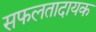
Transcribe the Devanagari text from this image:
सफलतादायक